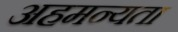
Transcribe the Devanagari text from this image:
अहमन्यता